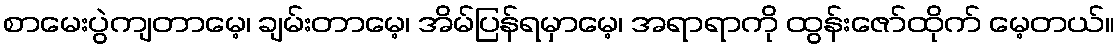
စာမေးပွဲကျတာမေ့၊ ချမ်းတာမေ့၊ အိမ်ပြန်ရမှာမေ့၊ အရာရာကို ထွန်းဇော်ထိုက် မေ့တယ်။